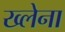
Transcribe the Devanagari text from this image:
ख्लेना